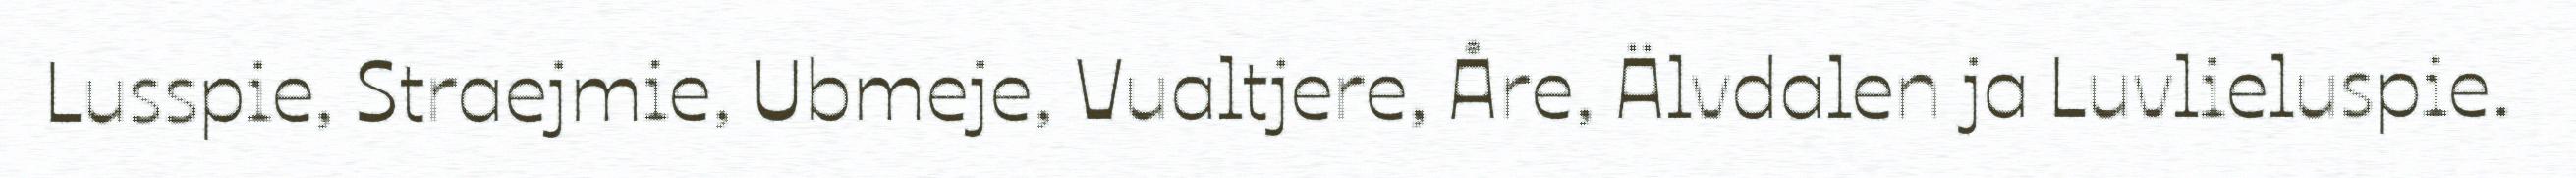
Lusspie, Straejmie, Ubmeje, Vualtjere, Åre, Älvdalen ja Luvlieluspie.